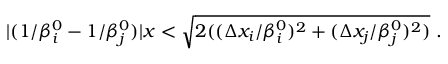
| ( 1 / \beta _ { i } ^ { 0 } - 1 / \beta _ { j } ^ { 0 } ) | x < \sqrt { 2 ( ( \Delta x _ { i } / \beta _ { i } ^ { 0 } ) ^ { 2 } + ( \Delta x _ { j } / \beta _ { j } ^ { 0 } ) ^ { 2 } ) } ~ .